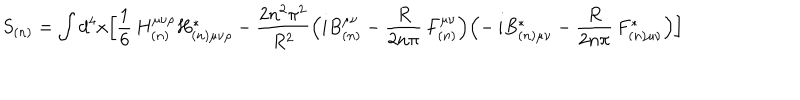
LaTeX: S _ { ( n ) } = \int d ^ { 4 } x \Bigl [ \frac { 1 } { 6 } \, H _ { ( n ) } ^ { \mu \nu \rho } H _ { ( n ) \mu \nu \rho } ^ { \ast } - \frac { 2 n ^ { 2 } \pi ^ { 2 } } { R ^ { 2 } } \Bigl ( i B _ { ( n ) } ^ { \mu \nu } - \frac { R } { 2 n \pi } \, F _ { ( n ) } ^ { \mu \nu } \Bigr ) \Bigl ( - \, i B _ { ( n ) \mu \nu } ^ { \ast } - \frac { R } { 2 n \pi } \, F _ { ( n ) \mu \nu } ^ { \ast } \Bigr ) \Bigr ]